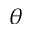
\theta